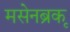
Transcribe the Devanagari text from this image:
मसेनब्रूक